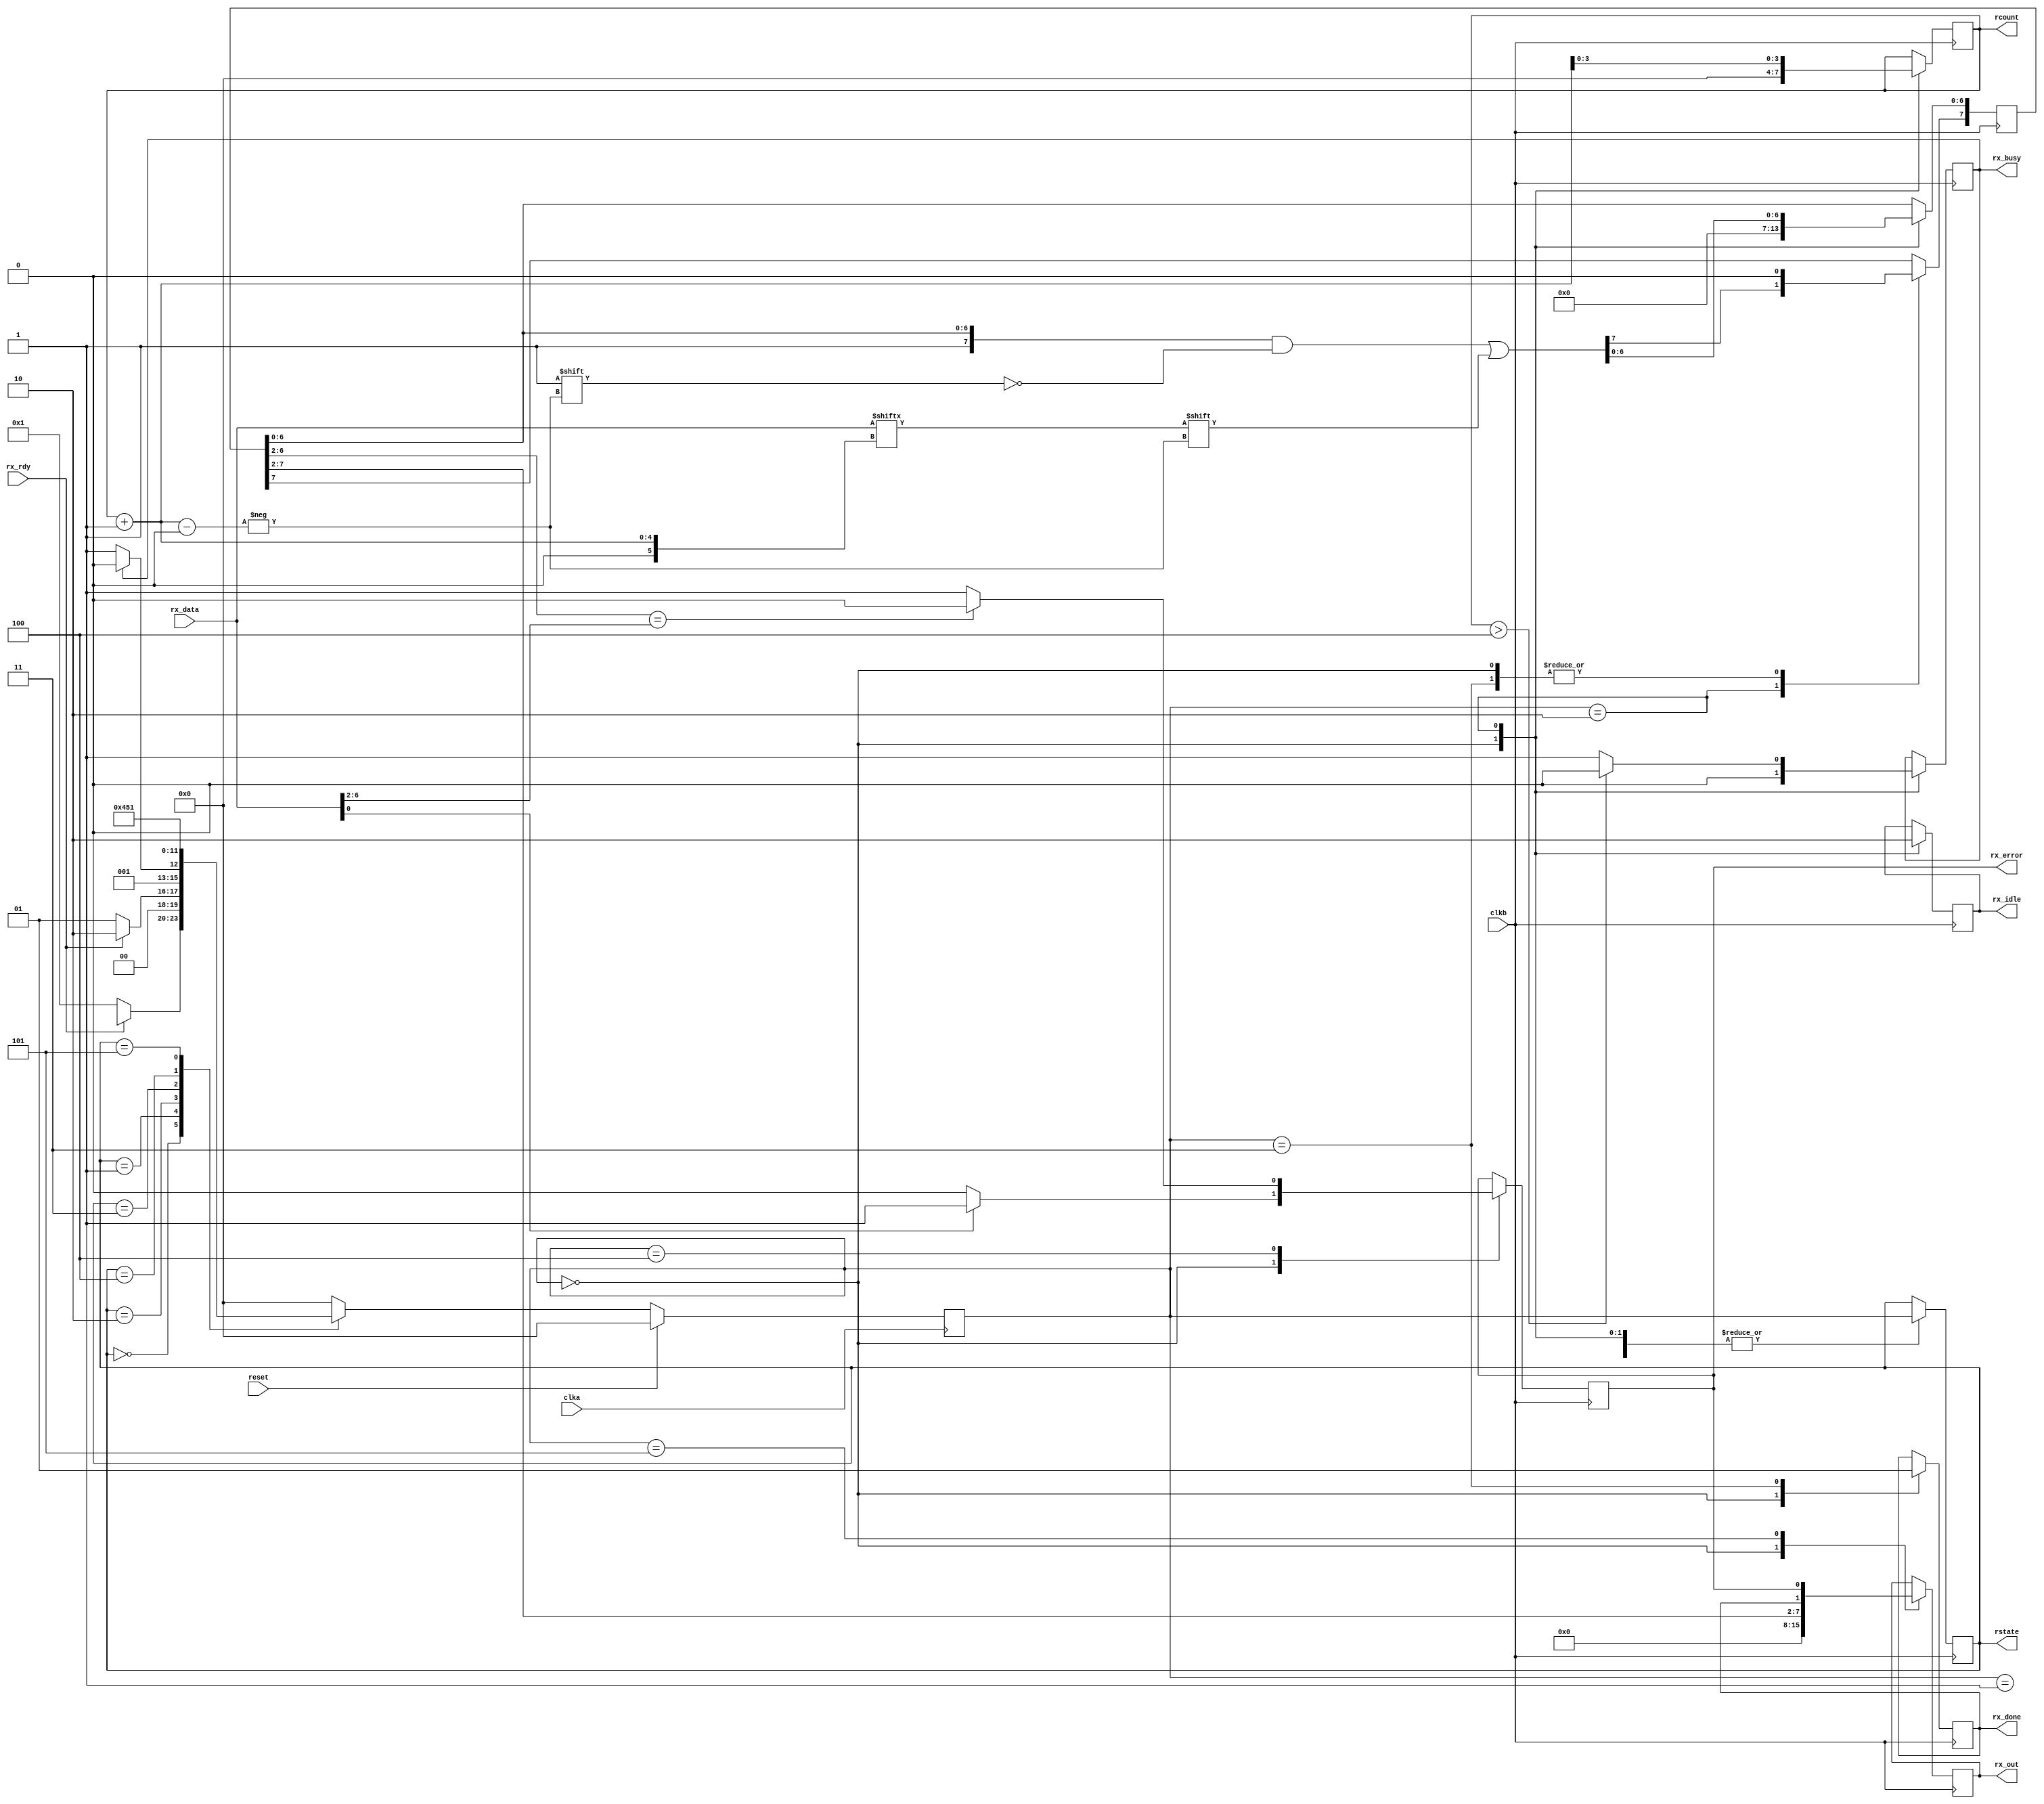
module rx_mainFSM(clka, clkb, reset, rx_data, rx_rdy, rx_busy, rx_out, rx_done, rcount, rstate, rx_error,rx_idle);

input wire clka, clkb, reset;
input wire [7:0] rx_data;
input wire rx_rdy;
output reg [7:0] rx_out;
output reg [3:0] rcount;
output [3:0] rstate;
output reg rx_error, rx_busy, rx_done, rx_idle;

reg [7:0] rtmpout =8'b00000000;

parameter SIZE = 4;
parameter S0  = 4'b0000, S1 = 4'b0001, S2 = 4'b0010, S3=4'b0011, S4=4'b0100, S5=4'b0101, S6  = 4'b0110, S7 = 4'b0111, S8 = 4'b1000;

reg   [SIZE-1:0]          rstate        ;// Seq part of the FSM
wire   [SIZE-1:0]         temp_rstate   ;// Internal rstate reg
reg   [SIZE-1:0]          next_rstate   ;// combo part of FSM

assign  temp_rstate = fsm_function(rstate, rx_rdy, rx_busy, rcount);
function [SIZE-1:0] fsm_function;
	input [SIZE-1:0] rstate;
	input rx_rdy, rx_busy;
	input [3:0] rcount;

	case(rstate)
			S0: begin 
				if(~rx_rdy) begin
					fsm_function = S1;
				end 
										// idle stage
			end
			
			S1: begin
				if (rx_rdy) begin
					fsm_function = S2;
				end else begin
					fsm_function = S1;
				end				
			    end

			S2: begin 
				if (rx_busy) begin
					fsm_function = S2;
				end else begin
					fsm_function = S3;  // receiving data stage
				end
			end

			S3: begin
				fsm_function = S4;    // rx_done stage
			end

			S4: begin
				fsm_function = S5;  //self check
			end

			S5: begin
				fsm_function = S1; // go back to wait for new data
			end

			default: fsm_function = S0;
    endcase
endfunction

always @ (negedge clka)
begin
  if (reset == 1'b1) begin
    next_rstate <= S0;
  end else begin
    next_rstate <= temp_rstate;
  end
end

always @ (negedge clkb)
begin
  case(next_rstate)
          S0: begin
               	rcount <= 4'b0000;
               	rtmpout  <= 8'b00000000;
               	rx_error <= 0;
               	rx_idle <= 1;
		rx_out <= 0;
		rx_done <= 0;
		rx_busy <= 0;
		if (~rx_done) begin
			rx_out <= 0;
		end
               	if (rx_data[0]) begin
               		rx_error <= 1;
               	end
                rstate <= next_rstate;
          end

	  S1: begin
		rstate <= next_rstate;
	      end

          S2: begin
          		rx_idle <= 0;
        		if (rcount > 4) begin
          			rx_busy <= 0;
          		end
          		else begin 
          			rx_busy <= 1;
      			end
      			rtmpout [7] <= 1;
      			rtmpout [rcount+1] <= rx_data[rcount+1];
          		rcount <= rcount + 1;
          		rstate <= next_rstate;
          end

          S3: begin
          		rtmpout [7] <= 0;
          		rx_done <= 1;
          		rstate <= next_rstate;
          end

          S4: begin
         		if (rtmpout [6:2]==rx_data[6:2]) begin
          			rx_error <= 0;
          		end
          		else begin
          			rx_error <= 1;
          		end
          	    rstate <= next_rstate;
          end

          S5: begin
          	   rx_out <= {rtmpout[7:2], rx_done, rx_error};        	   
          	   rstate <= next_rstate;
          end

  endcase
end

endmodule